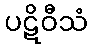
ပဋိဝီသံ